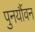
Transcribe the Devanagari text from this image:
पुनर्यौवन